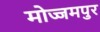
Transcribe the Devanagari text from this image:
मोज्जमपुर